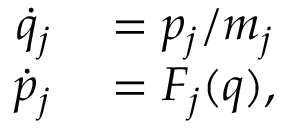
\begin{array} { r l } { \dot { q } _ { j } } & { { } = p _ { j } / m _ { j } } \\ { \dot { p } _ { j } } & { { } = F _ { j } ( q ) , } \end{array}